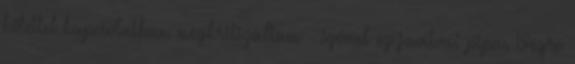
kötettel kapcsolatban megkritizáltam - szóval ez javítva: pipa. Végre